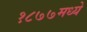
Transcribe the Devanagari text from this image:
१८७७मध्ये